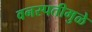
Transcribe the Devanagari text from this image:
वनस्पतीमुळे